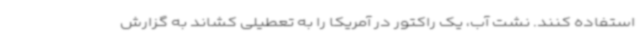
استفاده کنند. نشت آب، یک راکتور در آمریکا را به تعطیلی کشاند به گزارش